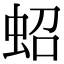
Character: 蛁